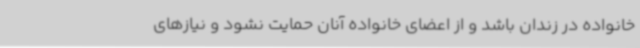
خانواده‌ در زندان باشد و از اعضای خانواده آنان حمایت نشود و نیازهای